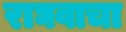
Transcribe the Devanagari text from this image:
राघवाचा